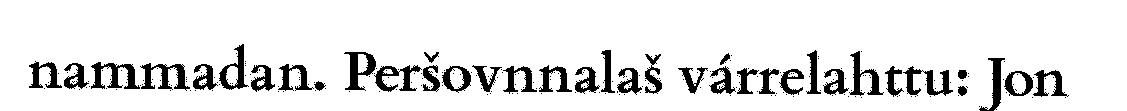
nammadan. Peršovnnalaš várrelahttu: Jon